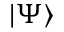
| \Psi \rangle